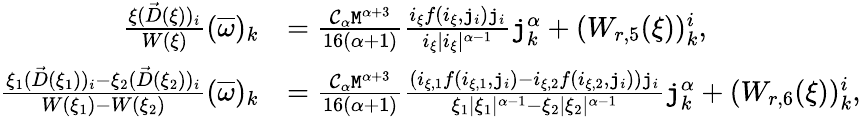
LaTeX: \begin{array}{rl}{\frac{\xi(\vec{D}(\xi))_{i}}{W(\xi)}(\overline{{\omega}})_{k}}&{=\frac{\mathcal{C}_{\alpha}\mathtt{M}^{\alpha+3}}{16(\alpha+1)}\frac{i_{\xi}f(i_{\xi},\mathtt{j}_{i})\mathtt{j}_{i}}{i_{\xi}|i_{\xi}|^{\alpha-1}}\mathtt{j}_{k}^{\alpha}+(W_{r,5}(\xi))_{k}^{i},}\\ {\frac{\xi_{1}(\vec{D}(\xi_{1}))_{i}-\xi_{2}(\vec{D}(\xi_{2}))_{i}}{W(\xi_{1})-W(\xi_{2})}(\overline{{\omega}})_{k}}&{=\frac{\mathcal{C}_{\alpha}\mathtt{M}^{\alpha+3}}{16(\alpha+1)}\frac{\left(i_{\xi,1}f(i_{\xi,1},\mathtt{j}_{i})-i_{\xi,2}f(i_{\xi,2},\mathtt{j}_{i})\right)\mathtt{j}_{i}}{\xi_{1}|\xi_{1}|^{\alpha-1}-\xi_{2}|\xi_{2}|^{\alpha-1}}\mathtt{j}_{k}^{\alpha}+(W_{r,6}(\xi))_{k}^{i},}\end{array}